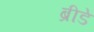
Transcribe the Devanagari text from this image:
ब्रीडे